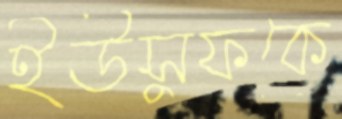
ইউসুফকে